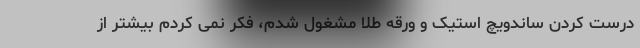
درست کردن ساندویچ استیک و ورقه طلا مشغول شدم، فکر نمی کردم بیشتر از